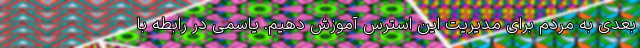
بعدی به مردم برای مدیریت این استرس آموزش دهیم. یاسمی در رابطه با